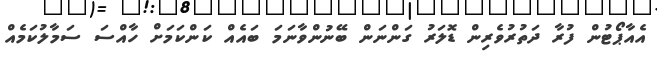
އެއާޕޯޓުން ފުރާ ދަތުރުވެރިން ޑޮލަރު ގަންނަން ބޭނުންވާނަމަ ބައެއް ކަންކަމަށް ހާއްސަ ސަމާލުކަމެއް